Calcutta medical institutions reports 1879-81 [i.e.91]
Year: 1879
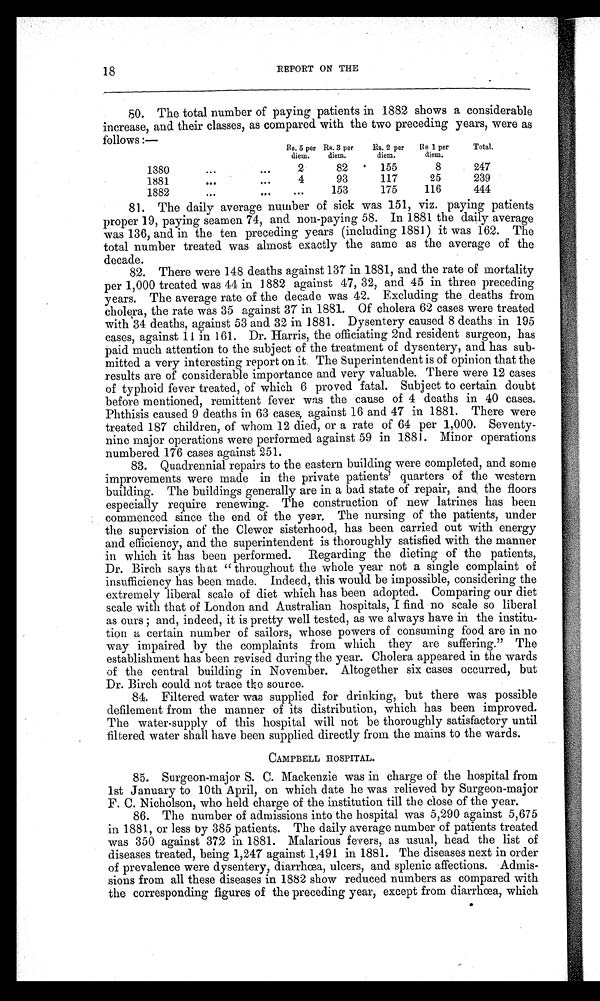
18
REPORT ON THE
80. The total number of paying patients in 1882 shows a considerable
increase, and their classes, as compared with the two preceding years, were as
follows :—
Rs. 5 per
diem.
Rs. 3 per
diem.
Rs. 2 per
diem.
Be 1 per
diem.
Total.
1880
...
. . .
2
82
155
8
247
1881
...
. . .
4
93
117
25
239
1882
. . .
...
. . .
153
175
116
444
81. The daily average number of sick was 151, viz. paying patients
proper 19, paying seamen 74, and non-paying 58. In 1881 the daily average
was 136, and in the ten preceding years (including 1881) it was 162. The
total number treated was almost exactly the same as the average of the
decade.
82. There were 148 deaths against 137 in 1881, and the rate of mortality
per 1,000 treated was 44 in 1882 against 47, 32, and 45 in three preceding
years. The average rate of the decade was 42. Excluding the deaths from
cholera, the rate was 35 against 37 in 1881. Of cholera 62 cases were treated
with 34 deaths, against 53 and 32 in 1881. Dysentery caused 8 deaths in 195
cases, against 11 in 161. Dr. Harris, the officiating 2nd resident surgeon, has
paid much attention to the subject of the treatment of dysentery, and has sub-
-mitted a very interesting report on it. The Superintendent is of opinion that the
results are of considerable importance and very valuable. There were 12 cases
of typhoid fever treated, of which 6 proved fatal. Subject to certain doubt
before mentioned, remittent fever was the cause of 4 deaths in 40 cases.
Phthisis caused 9 deaths in 63 cases, against 16 and 47 in 1881. There were
treated 187 children, of whom 12 died, or a rate of 64 per 1,000. Seventy-
nine major operations were performed against 59 in 1881. Minor operations
numbered 176 cases against 251.
83. Quadrennial repairs to the eastern building were completed, and some
improvements were made in the private patients' quarters of the western
building. The buildings generally are in a bad state of repair, and, the floors
especially require renewing. The construction of new latrines has been
commenced since the end of the year. The nursing of the patients, under
the supervision of the Clewer sisterhood, has been carried out with energy
and efficiency, and the superintendent is thoroughly satisfied with the manner
in which it has been performed. Regarding the dieting of the patients,
Dr. Birch says that "throughout the whole year not a single complaint of
insufficiency has been made. Indeed, this would be impossible, considering the
extremely liberal scale of diet which has been adopted. Comparing our diet
scale with that of London and Australian hospitals, I find no scale so liberal
as ours; and, indeed, it is pretty well tested, as we always have in the institu-
tion a certain number of sailors, whose powers of consuming food are in no
way impaired by the complaints from which they are suffering." The
establishment has been revised during the year. Cholera appeared in the wards
of the central building in November. Altogether six cases occurred, but
Dr. Birch could not trace the source.
84. Filtered water was supplied for drinking, but there was possible
defilement from the manner of its distribution, which has been improved.
The water-supply of this hospital will not be thoroughly satisfactory until
filtered water shall have been supplied directly from the mains to the wards.
CAMPBELL HOSPITAL.
85. Surgeon-major S. C. Mackenzie was in charge of the hospital from
1st January to 10th April, on which date he was relieved by Surgeon-major
F. C. Nicholson, who held charge of the institution till the close of the year.
86. The number of admissions into the hospital was 5,290 against 5,675
in 1881, or less by 385 patients. The daily average number of patients treated
was 350 against 372 in 1881. Malarious fevers, as usual, head the list of
diseases treated, being 1,247 against 1,491 in 1881. The diseases next in order
of prevalence were dysentery, diarrhœa, ulcers, and splenic affections. Admis-
sions from all these diseases in 1882 show reduced numbers as compared with
the corresponding figures of the preceding year, except from diarrhœa, which